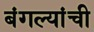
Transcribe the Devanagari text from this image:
बंगल्यांची